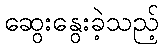
ဆွေးနွေးခဲ့သည့်